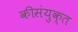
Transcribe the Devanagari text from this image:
कीसंयुक्त